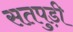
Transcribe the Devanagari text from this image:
सतपुड़ी